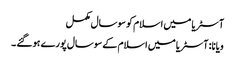
آسٹریا میں اسلام کو سوسال مکمل
ویانا: آسٹریا میں اسلام کے سوسال پورے ہوگئے ۔